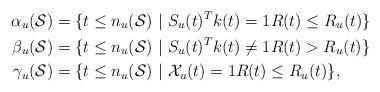
LaTeX: \begin{align*}\alpha_u(\mathcal{S}) &= \{ t \leq n_u(\mathcal{S}) \ | \ S_u(t)^T k(t) = 1 R(t) \leq R_u(t)\} \\\beta_u(\mathcal{S}) &= \{ t \leq n_u(\mathcal{S}) \ | \ S_u(t)^T k(t) \neq 1 R(t) > R_u(t)\} \\\gamma_u(\mathcal{S})&= \{ t \leq n_u(\mathcal{S}) \ | \ \mathcal{X}_u(t) =1 R(t) \leq R_u(t) \},\end{align*}